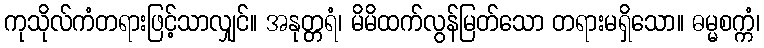
ကုသိုလ်ကံတရားဖြင့်သာလျှင်။ အနုတ္တရံ၊ မိမိထက်လွန်မြတ်သော တရားမရှိသော။ ဓမ္မစက္ကံ၊